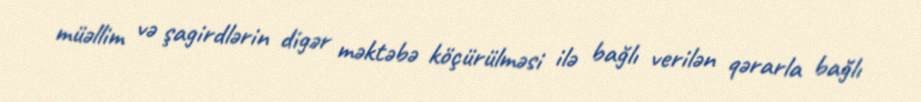
müəllim və şagirdlərin digər məktəbə köçürülməsi ilə bağlı verilən qərarla bağlı